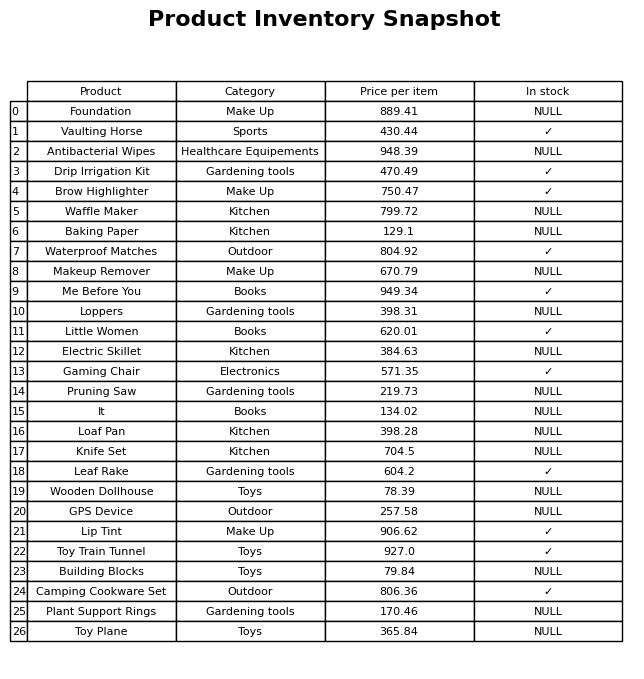
question: What is the price of the Me Before You?
answer: The price of Me Before You is 949.34.